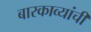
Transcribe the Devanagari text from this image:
बारकाव्यांची